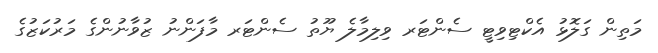
މަތިން ގަލޮޅު އެކްޓިވިޓީ ސެންޓަރ ވިލިމާލެ ޔޫތު ސެންޓަރ މާފަންނު ޒުވާނުންގެ މަރުކަޒުގެ